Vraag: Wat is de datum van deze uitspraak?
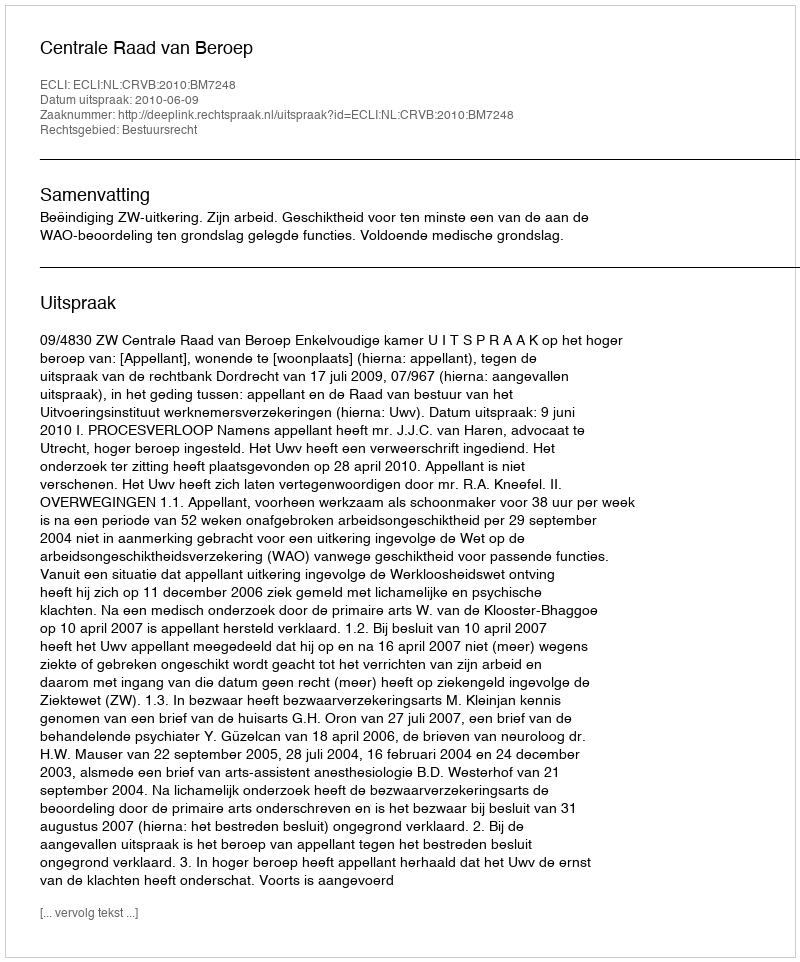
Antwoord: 2010-06-09